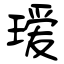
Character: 瑷